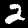
Digit: 2